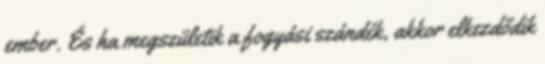
ember. És ha megszületik a fogyási szándék, akkor elkezdődik